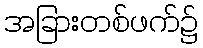
အခြားတစ်ဖက်၌